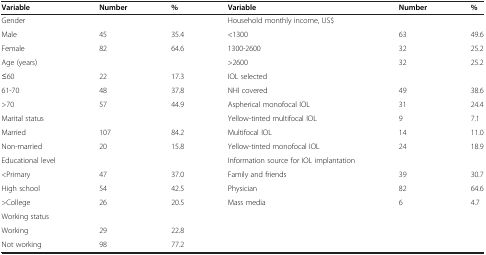
<table><thead><tr><td><b>Variable</b></td><td><b>Number</b></td><td><b>%</b></td><td><b>Variable</b></td><td><b>Number</b></td><td><b>%</b></td></tr></thead><tbody><tr><td>Gender</td><td> </td><td> </td><td>Household monthly income, US$</td><td> </td><td> </td></tr><tr><td>Male</td><td>45</td><td>35.4</td><td>&lt;1300</td><td>63</td><td>49.6</td></tr><tr><td>Female</td><td>82</td><td>64.6</td><td>1300-2600</td><td>32</td><td>25.2</td></tr><tr><td>Age (years)</td><td> </td><td> </td><td>&gt;2600</td><td>32</td><td>25.2</td></tr><tr><td>≤60</td><td>22</td><td>17.3</td><td>IOL selected</td><td> </td><td> </td></tr><tr><td>61-70</td><td>48</td><td>37.8</td><td>NHI covered</td><td>49</td><td>38.6</td></tr><tr><td>&gt;70</td><td>57</td><td>44.9</td><td>Aspherical monofocal IOL</td><td>31</td><td>24.4</td></tr><tr><td>Marital status</td><td> </td><td> </td><td>Yellow-tinted multifocal IOL</td><td>9</td><td>7.1</td></tr><tr><td>Married</td><td>107</td><td>84.2</td><td>Multifocal IOL</td><td>14</td><td>11.0</td></tr><tr><td>Non-married</td><td>20</td><td>15.8</td><td>Yellow-tinted monofocal IOL</td><td>24</td><td>18.9</td></tr><tr><td>Educational level</td><td> </td><td> </td><td>Information source for IOL implantation</td><td> </td><td> </td></tr><tr><td>&lt;Primary</td><td>47</td><td>37.0</td><td>Family and friends</td><td>39</td><td>30.7</td></tr><tr><td>High school</td><td>54</td><td>42.5</td><td>Physician</td><td>82</td><td>64.6</td></tr><tr><td>&gt;College</td><td>26</td><td>20.5</td><td>Mass media</td><td>6</td><td>4.7</td></tr><tr><td>Working status</td><td> </td><td> </td><td> </td><td> </td><td> </td></tr><tr><td>Working</td><td>29</td><td>22.8</td><td> </td><td> </td><td> </td></tr><tr><td>Not working</td><td>98</td><td>77.2</td><td> </td><td> </td><td> </td></tr></tbody></table>